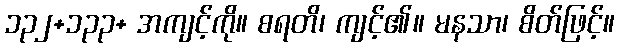
၁၃၂+၁၃၃+ အကျင့်ကို။ စရတိ၊ ကျင့်၏။ မနသာ၊ စိတ်ဖြင့်။